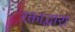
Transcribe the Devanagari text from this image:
रक्ताद्वारा